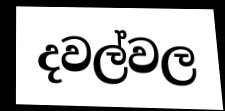
දවල්වල